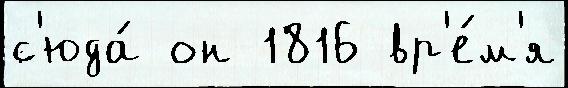
с'юда́ он 1816 вр'е́м'я